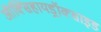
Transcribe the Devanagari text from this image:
ऑक्सिहायड्रॉक्साइड